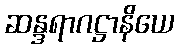
ဆန္ဒရာဂဋ္ဌာနိယေ